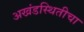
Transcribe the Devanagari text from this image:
अखंडस्थितीचा